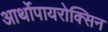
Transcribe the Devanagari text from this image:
आर्थोपायरोक्सिन